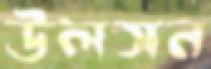
উলসন